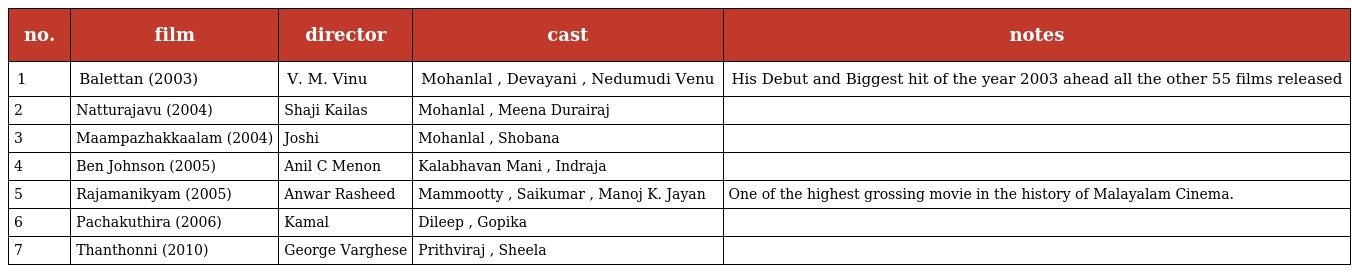
| no. | film | director | cast | notes |
 | --- | --- | --- | --- | --- |
 | 1 | Balettan (2003) | V. M. Vinu | Mohanlal , Devayani , Nedumudi Venu | His Debut and Biggest hit of the year 2003 ahead all the other 55 films released |
 | 2 | Natturajavu (2004) | Shaji Kailas | Mohanlal , Meena Durairaj |  |
 | 3 | Maampazhakkaalam (2004) | Joshi | Mohanlal , Shobana |  |
 | 4 | Ben Johnson (2005) | Anil C Menon | Kalabhavan Mani , Indraja |  |
 | 5 | Rajamanikyam (2005) | Anwar Rasheed | Mammootty , Saikumar , Manoj K. Jayan | One of the highest grossing movie in the history of Malayalam Cinema. |
 | 6 | Pachakuthira (2006) | Kamal | Dileep , Gopika |  |
 | 7 | Thanthonni (2010) | George Varghese | Prithviraj , Sheela |  |